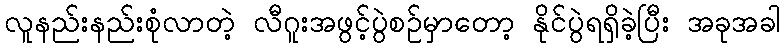
လူနည်းနည်းစုံလာတဲ့ လီဂူးအဖွင့်ပွဲစဉ်မှာတော့ နိုင်ပွဲရရှိခဲ့ပြီး အခုအခါ